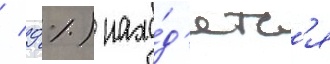
/ 9 %) нахо́д'ятс'я